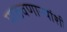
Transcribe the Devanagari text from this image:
पाठवणाऱ्यांशी